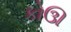
કોઊ